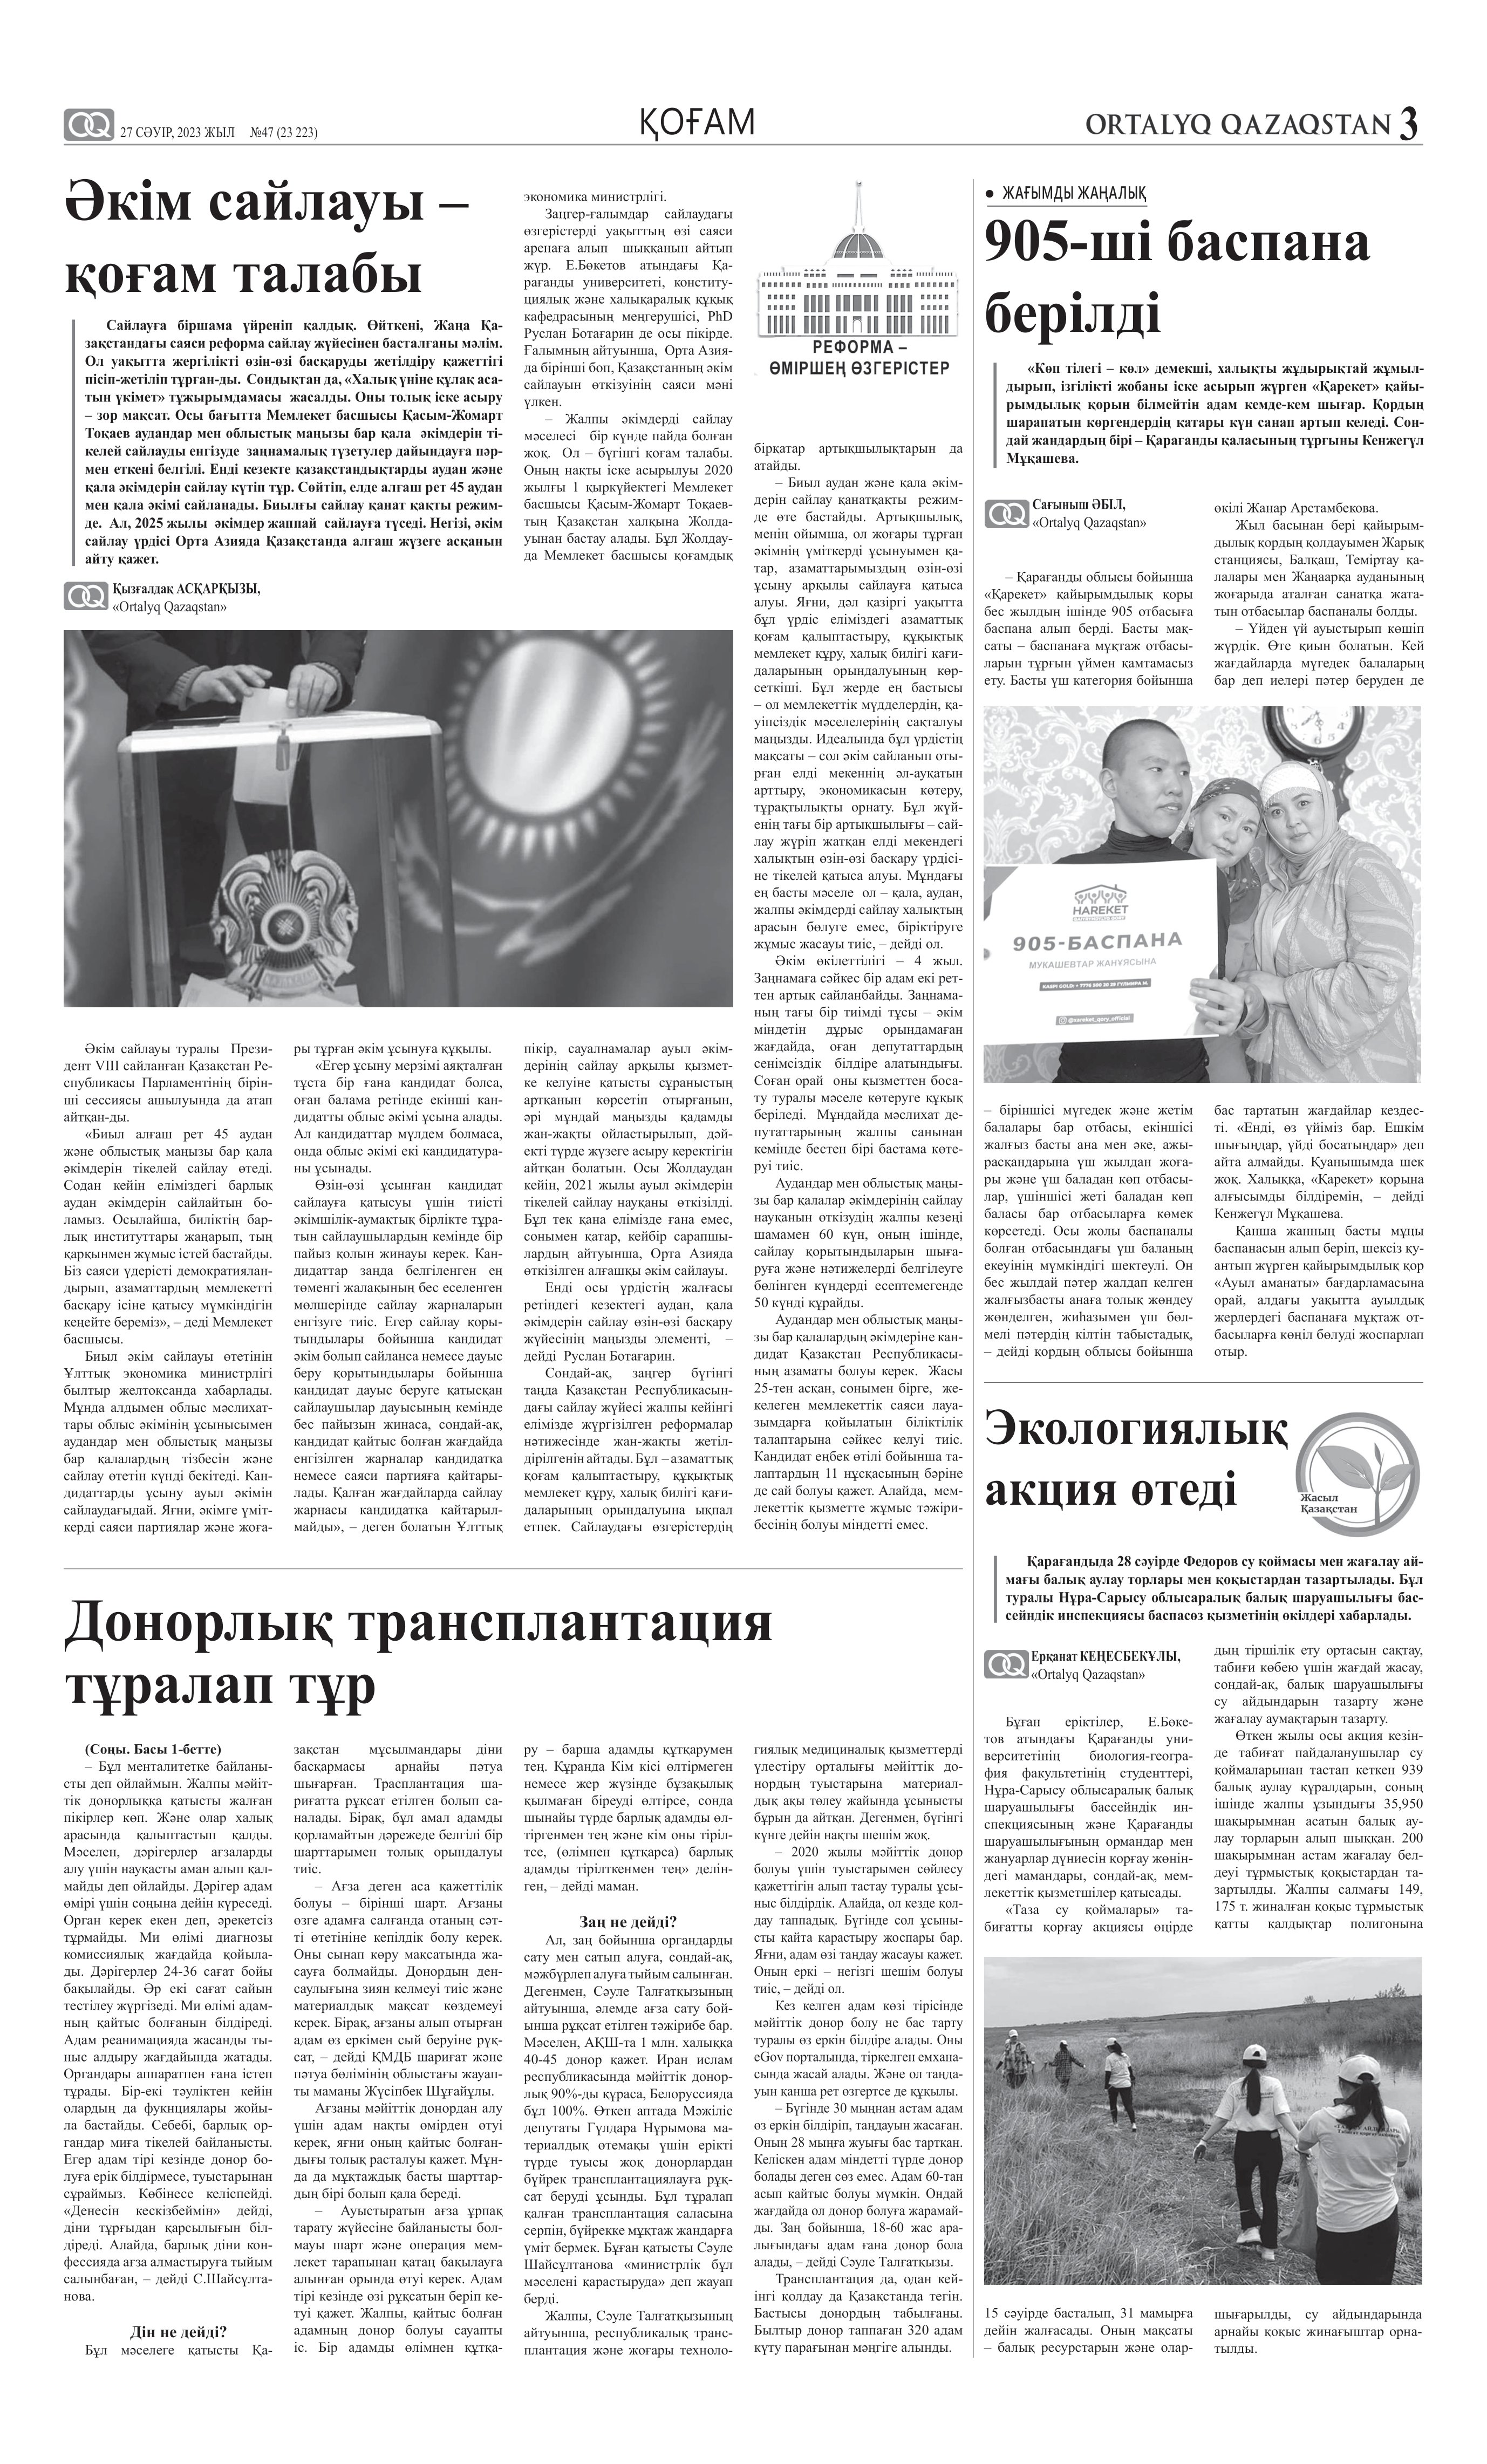
Language: kk